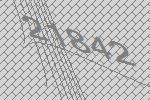
21842